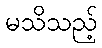
မသိသည့်